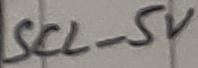
Text: SCL_5V